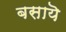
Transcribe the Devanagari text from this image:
बसायॆ